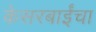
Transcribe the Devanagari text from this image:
केसरबाईंचा